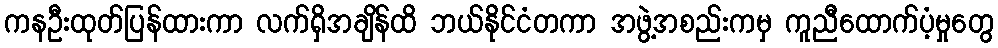
ကနဦးထုတ်ပြန်ထားကာ လက်ရှိအချိန်ထိ ဘယ်နိုင်ငံတကာ အဖွဲ့အစည်းကမှ ကူညီထောက်ပံ့မှုတွေ